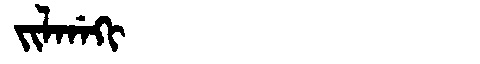
Manchu: ᠵᡳᠯᡤᠠᡴᡳ
Romanization: JILGAKI